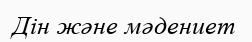
Дін және мәдениет